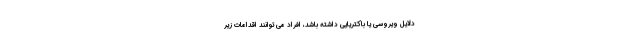
دلایل ویروسی یا باکتریایی داشته باشد، افراد می توانند اقدامات زیر